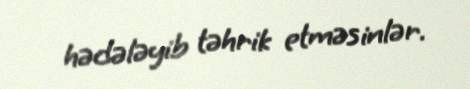
hədələyib təhrik etməsinlər.